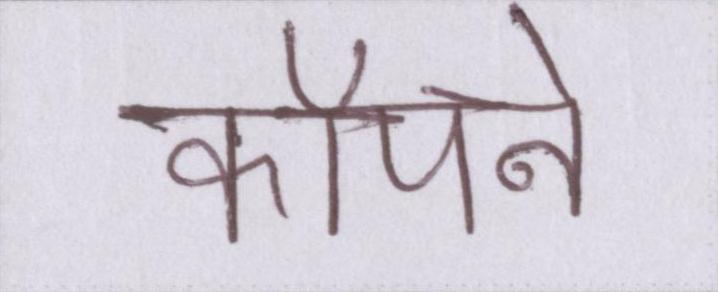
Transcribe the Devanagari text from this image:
कॉँपने